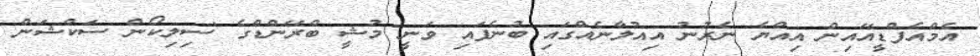
އެމްއެފްޑީއޭއިން އިއްޔެ ނެރުނު އިއުލާނެއްގައި ބުނެފައި ވަނީ މުޝީ ބްރޭންޑްގެ 'ސިލިކޯން ސަކްޝަން